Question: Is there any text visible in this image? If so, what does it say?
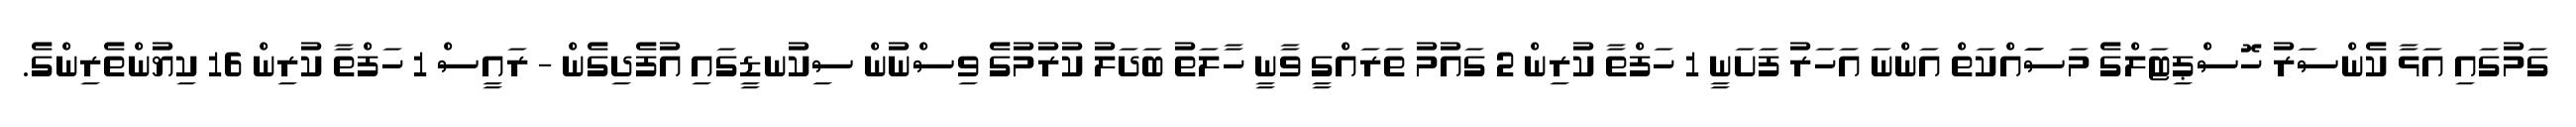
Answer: ގަމުގައި އަޅާ ކެންސަރު ހޮސްޕިޓަލްގެ މަސަައްކަތް އަންނަ އަހަރު ފަށަނީ 1 ހަފްތާ ކުރިން 2 ގައުމު ތަރައްގީ ވާނީ ހާލަތު ބަދަލު ކުރުމުގެ ވިސްނުން ސިކުނޑީގައި އުފެދިގެން - ރައީސް 1 ހަފްތާ ކުރިން 16 ކިޔުންތެރިންގެ.